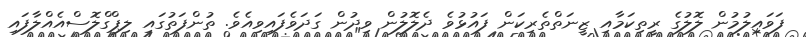
ފަވައިލުމުން ލޮލުގެ ރީތިކަމާއި ޒީނަތްތެރިކަން ފައުޅުވެ ދެލޮލުން ވިދުން ގަދަވެފައިވިއެވެ. ތުންފަތުގައި ލިޕްގްލޮސްއެއްލާފައި